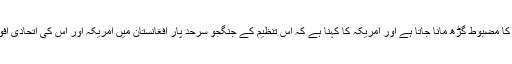
شمالی وزیرستان حقانی نیٹ ورک کا مضبوط گڑھ مانا جاتا ہے اور امریکہ کا کہنا ہے کہ اس تنظیم کے جنگجو سرحد پار افغانستان میں امریکہ اور اُس کی اتحادی افواج پر مہلک حملوں میں ملوث ہیں۔